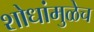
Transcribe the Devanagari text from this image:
शोधांमुळेच